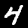
Label: 4